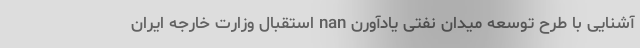
آشنایی با طرح توسعه میدان نفتی یادآورن nan استقبال وزارت خارجه ایران